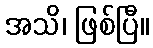
အသိ၊ ဖြစ်ပြီ။